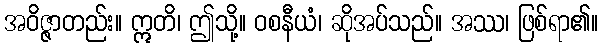
အဝိဇ္ဇာတည်း။ ဣတိ၊ ဤသို့။ ဝစနီယံ၊ ဆိုအပ်သည်။ အဿ၊ ဖြစ်ရာ၏။